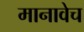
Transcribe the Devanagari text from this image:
मानावेच